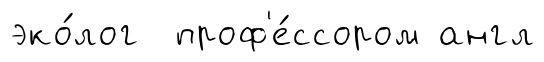
эко́лог проф'е́ссором англ